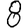
Digit: 8